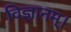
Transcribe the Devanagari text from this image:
विज्ञानम्।